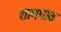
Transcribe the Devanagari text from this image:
शामगांव